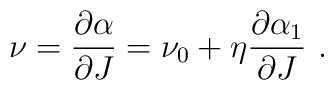
\nu={{\partial \alpha}\over{\partial J}}=\nu_0+\eta{{\partial \alpha_1}\over{\partial J}}~.